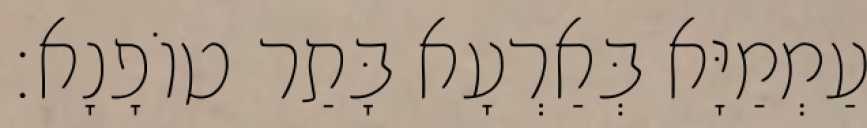
עַמְמַיָּא בְּאַרְעָא בָּתַר טוֹפָנָא׃